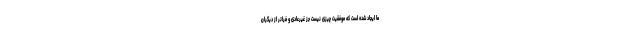
ما ایجاد شده است که موفقیت چیزی نیست جز غیرعادی و فراتر از دیگران